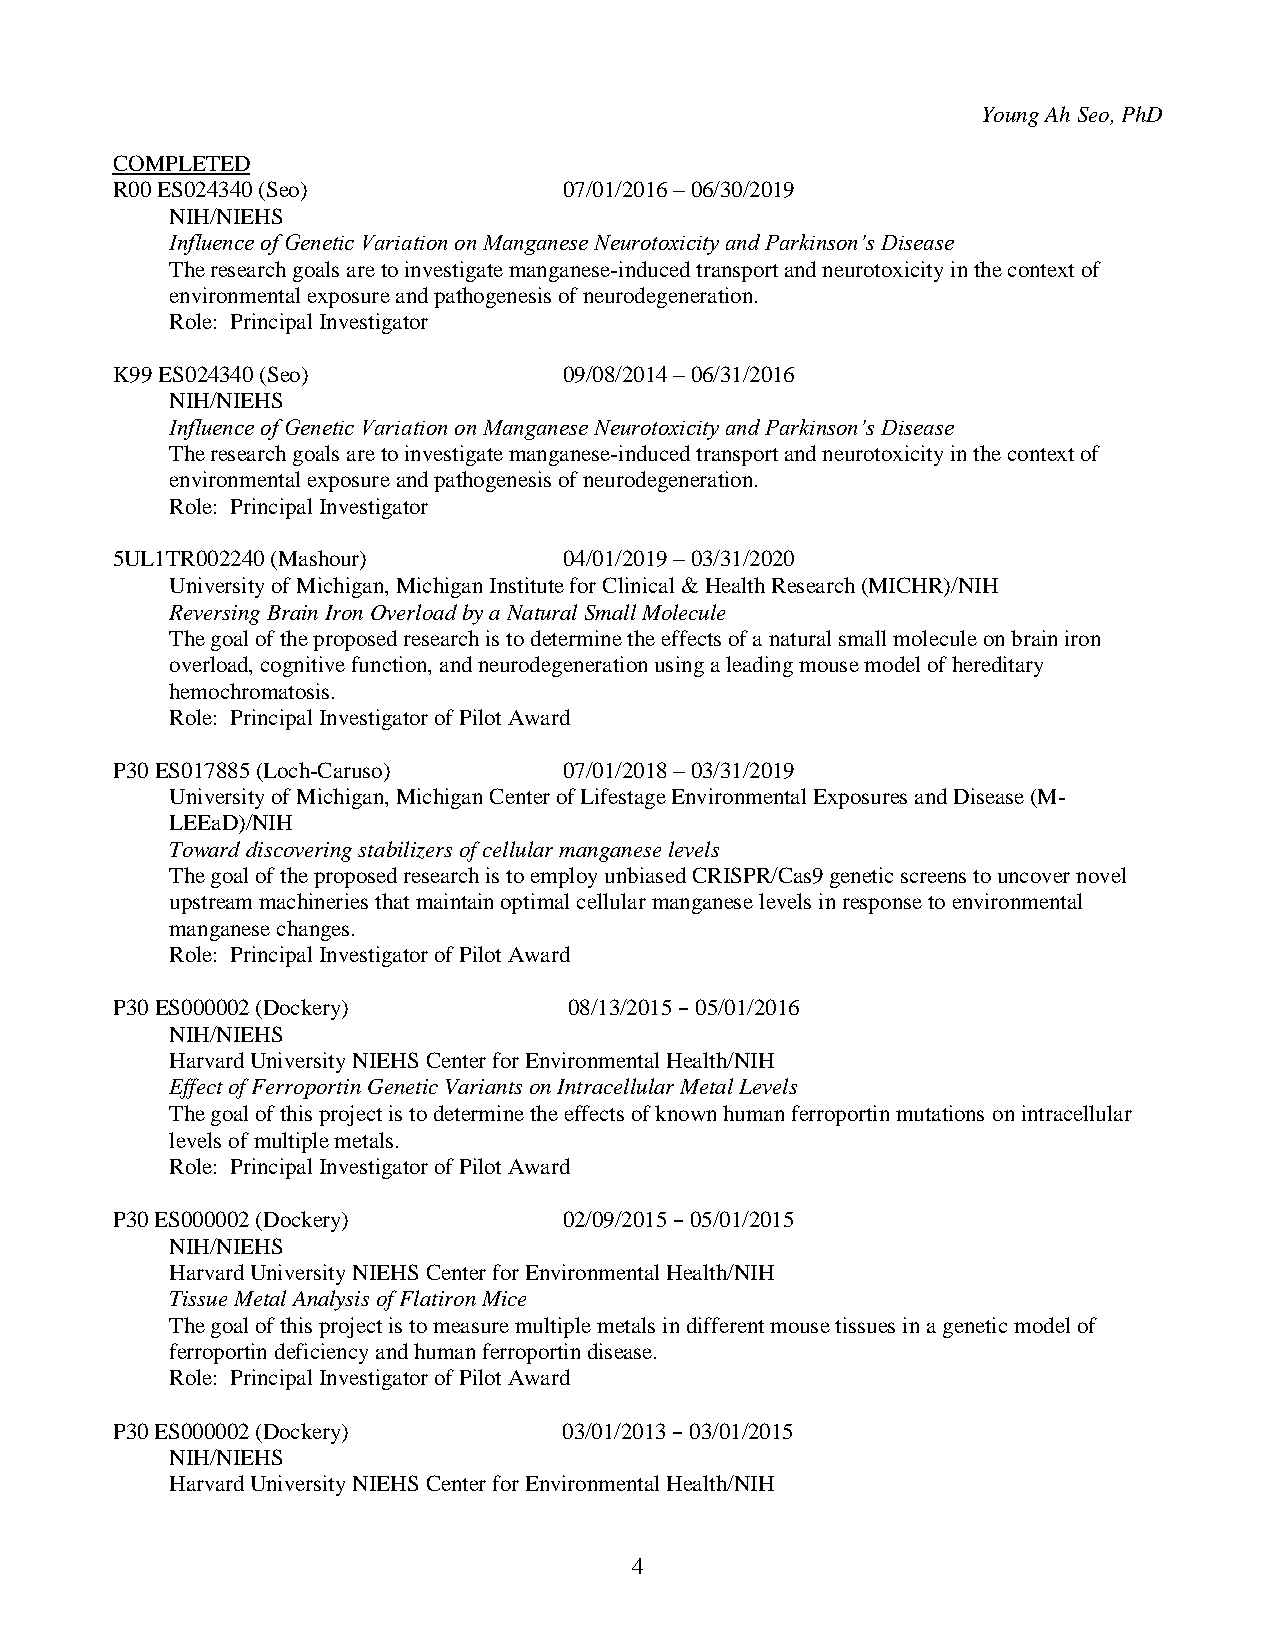
Young Ah Seo, PhD
 COMPLETED
 R00 ES024340 (Seo)            07/01/2016 – 06/30/2019
 NIH/NIEHS
 Influence of Genetic Variation on Manganese Neurotoxicity and Parkinson’s Disease
 The research goals are to investigate manganese-induced transport and neurotoxicity in the context of
 environmental exposure and pathogenesis of neurodegeneration.
 Role: Principal Investigator
 K99 ES024340 (Seo)            09/08/2014 – 06/31/2016
 NIH/NIEHS
 Influence of Genetic Variation on Manganese Neurotoxicity and Parkinson’s Disease
 The research goals are to investigate manganese-induced transport and neurotoxicity in the context of
 environmental exposure and pathogenesis of neurodegeneration.
 Role: Principal Investigator
 5UL1TR002240 (Mashour)        04/01/2019 – 03/31/2020
 University of Michigan, Michigan Institute for Clinical & Health Research (MICHR)/NIH
 Reversing Brain Iron Overload by a Natural Small Molecule
 The goal of the proposed research is to determine the effects of a natural small molecule on brain iron
 overload, cognitive function, and neurodegeneration using a leading mouse model of hereditary
 hemochromatosis.
 Role: Principal Investigator of Pilot Award
 P30 ES017885 (Loch-Caruso)    07/01/2018 – 03/31/2019
 University of Michigan, Michigan Center of Lifestage Environmental Exposures and Disease (M-
 LEEaD)/NIH
 Toward discovering stabilizers of cellular manganese levels
 The goal of the proposed research is to employ unbiased CRISPR/Cas9 genetic screens to uncover novel
 upstream machineries that maintain optimal cellular manganese levels in response to environmental
 manganese changes.
 Role: Principal Investigator of Pilot Award
 P30 ES000002 (Dockery)         08/13/2015 – 05/01/2016
 NIH/NIEHS
 Harvard University NIEHS Center for Environmental Health/NIH
 Effect of Ferroportin Genetic Variants on Intracellular Metal Levels
 The goal of this project is to determine the effects of known human ferroportin mutations on intracellular
 levels of multiple metals.
 Role: Principal Investigator of Pilot Award
 P30 ES000002 (Dockery)        02/09/2015 – 05/01/2015
 NIH/NIEHS
 Harvard University NIEHS Center for Environmental Health/NIH
 Tissue Metal Analysis of Flatiron Mice
 The goal of this project is to measure multiple metals in different mouse tissues in a genetic model of
 ferroportin deficiency and human ferroportin disease.
 Role: Principal Investigator of Pilot Award
 P30 ES000002 (Dockery)        03/01/2013 – 03/01/2015
 NIH/NIEHS
 Harvard University NIEHS Center for Environmental Health/NIH
 4